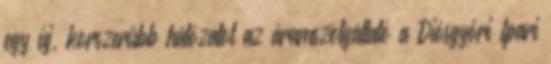
egy új, korszerűbb hálózatot az áramszolgáltató a Diósgyőri Ipari